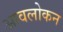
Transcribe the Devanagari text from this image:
आवलोकन